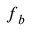
\boldsymbol { f } _ { b }